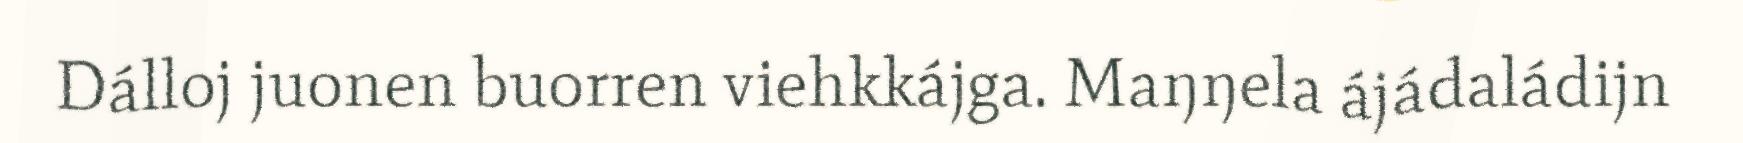
Dálloj juonen buorren viehkkájga. Maŋŋela ájádaládijn